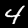
Digit: 4